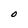
Character: O